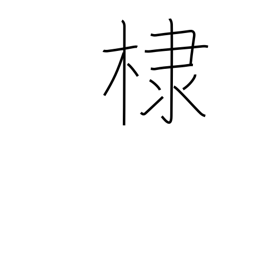
Meaning: flowering almond